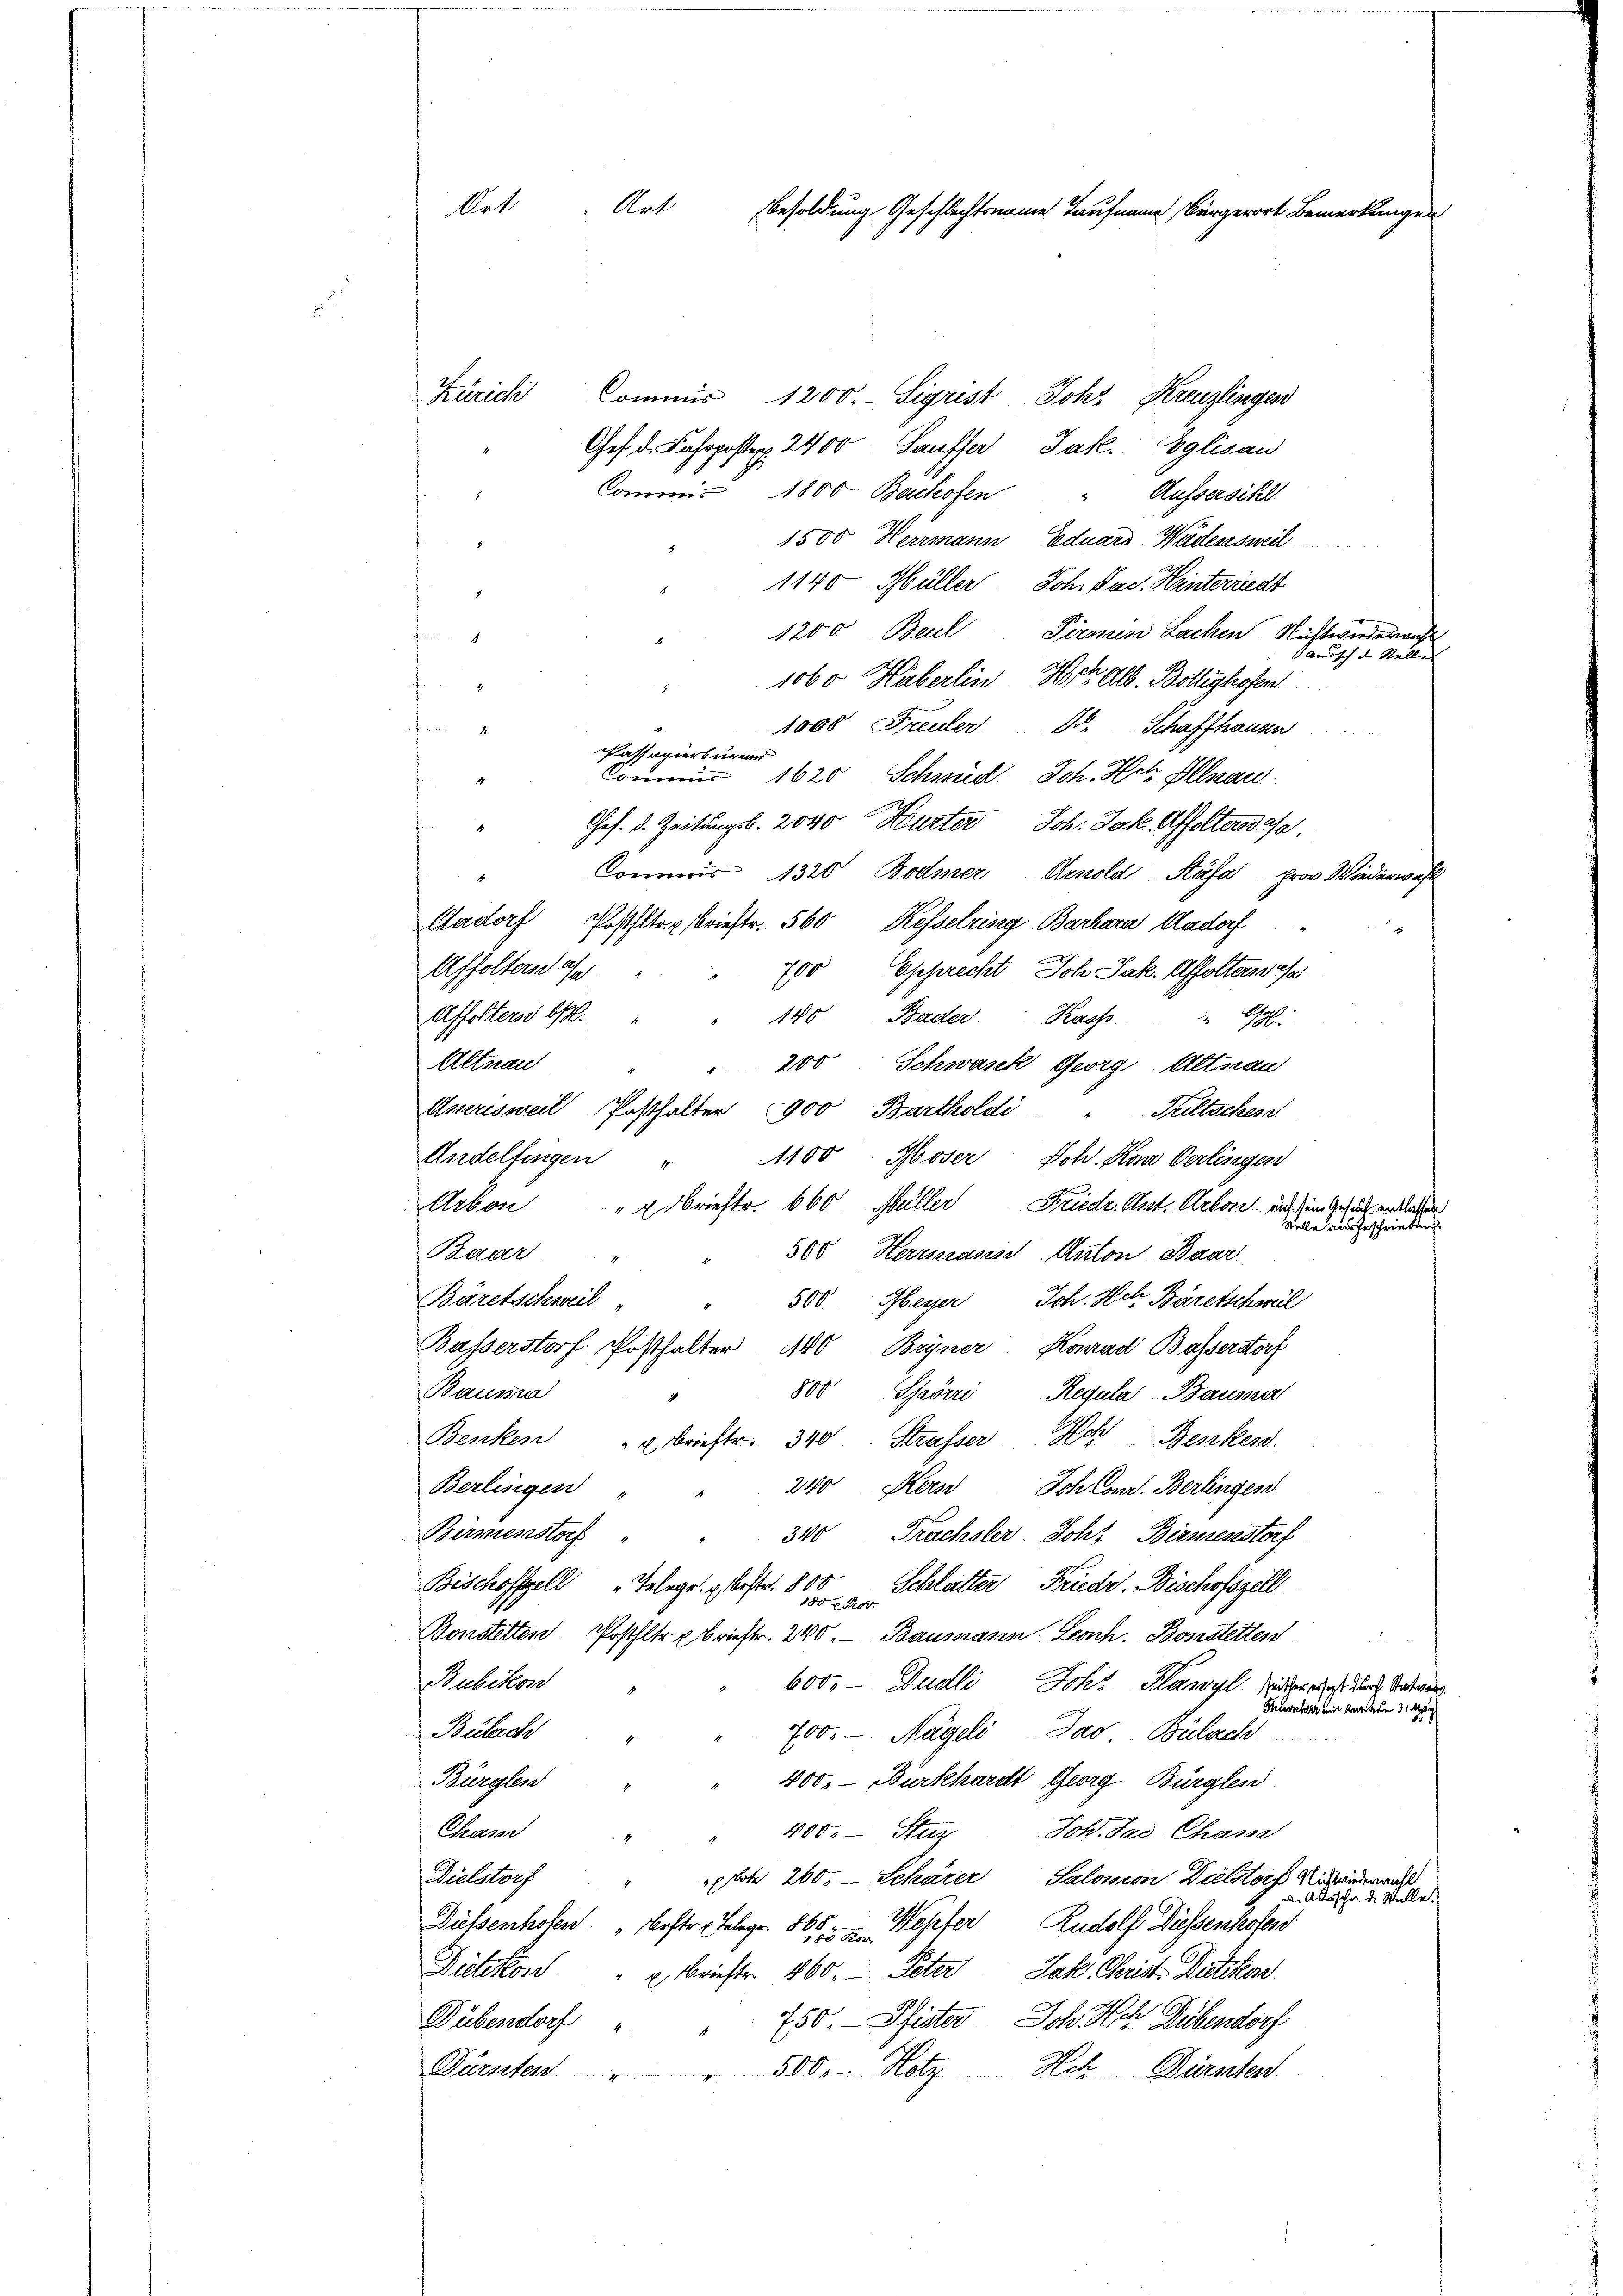
Zürich Commis 1200. Sigrist Joh. Kreuzlingen
Ges. d. Fahrposten 2400. Lauffer Jak. Eglisau
Commis 1800. Bachofen Aussersihl
1500 Herrmann Eduard Wädensweil
1140 Hüller. Joh. Jac. Hinterricht
1200 Beul Firmen Lachen Nacht werderricht
auisch die Stellen |
1060 Haberlin Hotz als Bottighofen

f
1000 Freuler Dr. Schaffhausen
4
Passagierbür
Commis
1620 Schmidl, Joh. Hch. Illnau
Ges. d. Zeitungsb. 2040 Hurter Joh. Jak. Affoltendase
4
Commis 1320 Bodmer Arnold Stäfa prov. Wiederwahl
Aadorf Posthlte Brieftr. 560 Kesselring Barbara Madorf
Affolters ass
700 Epprecht, Joh. Jak. Affoltendesa
Affolternd b. " " 140 Bader Kasse. " Bsp.
Altnau
200 Schwank Georg Altnau
dsvrsweil Posthalter 1900 Bartholdi " Fultsches
Andelfingen
1100 Moser, Joh. Kan Oerlingen
Friedr. Ant. Arbone auf sein Gesuch entlassen
Arbon " " Brieftr. 660 Müller
Velle ausgeschrieben
Baar
500 Herrmann Anton Baar
Bäretschweil
500 Meyer Joh. Hch. Bäretschwel
Busserstorf Posthalter 100 Bryner Konrad Basserstorf
Bausra
800 Schrörri Regula Bauma
Benken " " Brieftr. 340 Strasser Ach Benkend.
240 Korn
Joh Concl. Berlingen
Berlingen "
4
Birmenstof " " 340 Frachsler, Joh. Birmenstorf
Bischoffell „Telege bestr. 800 Schlatter Friedr. Bischofszell
180 x Rov.
Bonstetten Posthler briestr. 240. Baumanin Leonh. Bonstetten
Bubikon
600. - Dudli Joh. Hawyl, sicher dass der Vater
Bernher mit Marien 31. May
Bülach
700.- Nägeli, Das Bülach
Bürglen
400. - Burkhardt Georg Bürglen
Chram
400. Stuz Joh. das Chasse
Dielstorf
xote 260. — Schärer Salomon Dielstorf Mittwederricht
d. Aber schr. d. Stelle.
Düßenhofen bester Telegr. 805. Wepfer Rudolf Dissenhofess
Dietikon " " Briefte 160. Peter Jak. Christ Butter
Dübendorf
750. Pfister Joh. Ach Dübendorf
Bürsten " " 500. Hotz Hch. Dierntent.

Art
Art Besoldung Geschlechtsname Taufname Bürgerort Bemerkunge